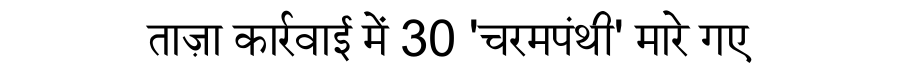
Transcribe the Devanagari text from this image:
ताज़ा कार्रवाई में 30 'चरमपंथी' मारे गए